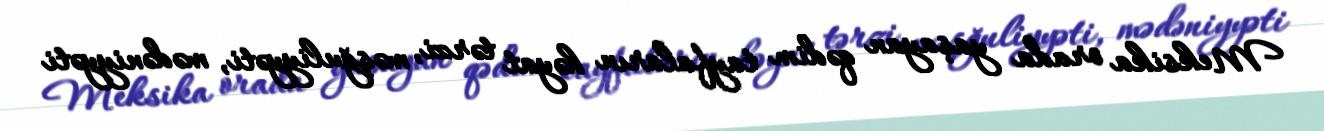
Meksika orada yaşayan qədim tayfaların həyat tərzi, məşğuliyyəti, mədəniyyəti